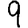
Digit: 9